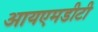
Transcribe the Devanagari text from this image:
आयएमडीटी